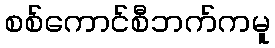
စစ်ကောင်စီဘက်ကမူ